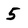
Character: 5